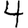
Digit: 4